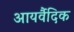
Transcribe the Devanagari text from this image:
आयर्वैदिक